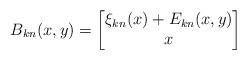
LaTeX: \begin{align*} B_{kn}(x,y) = \begin{bmatrix} \xi_{kn}(x) + E_{kn}(x,y) \\ x \end{bmatrix} \end{align*}